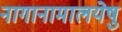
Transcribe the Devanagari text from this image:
नागानामालयेषु